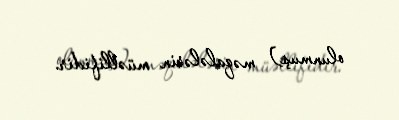
olunmuş) məqalələrin müəllifidir.